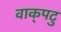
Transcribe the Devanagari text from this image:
वाक्‌पटु